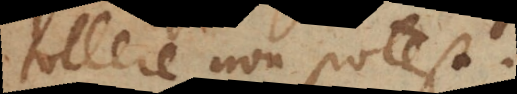
tollere non potest.